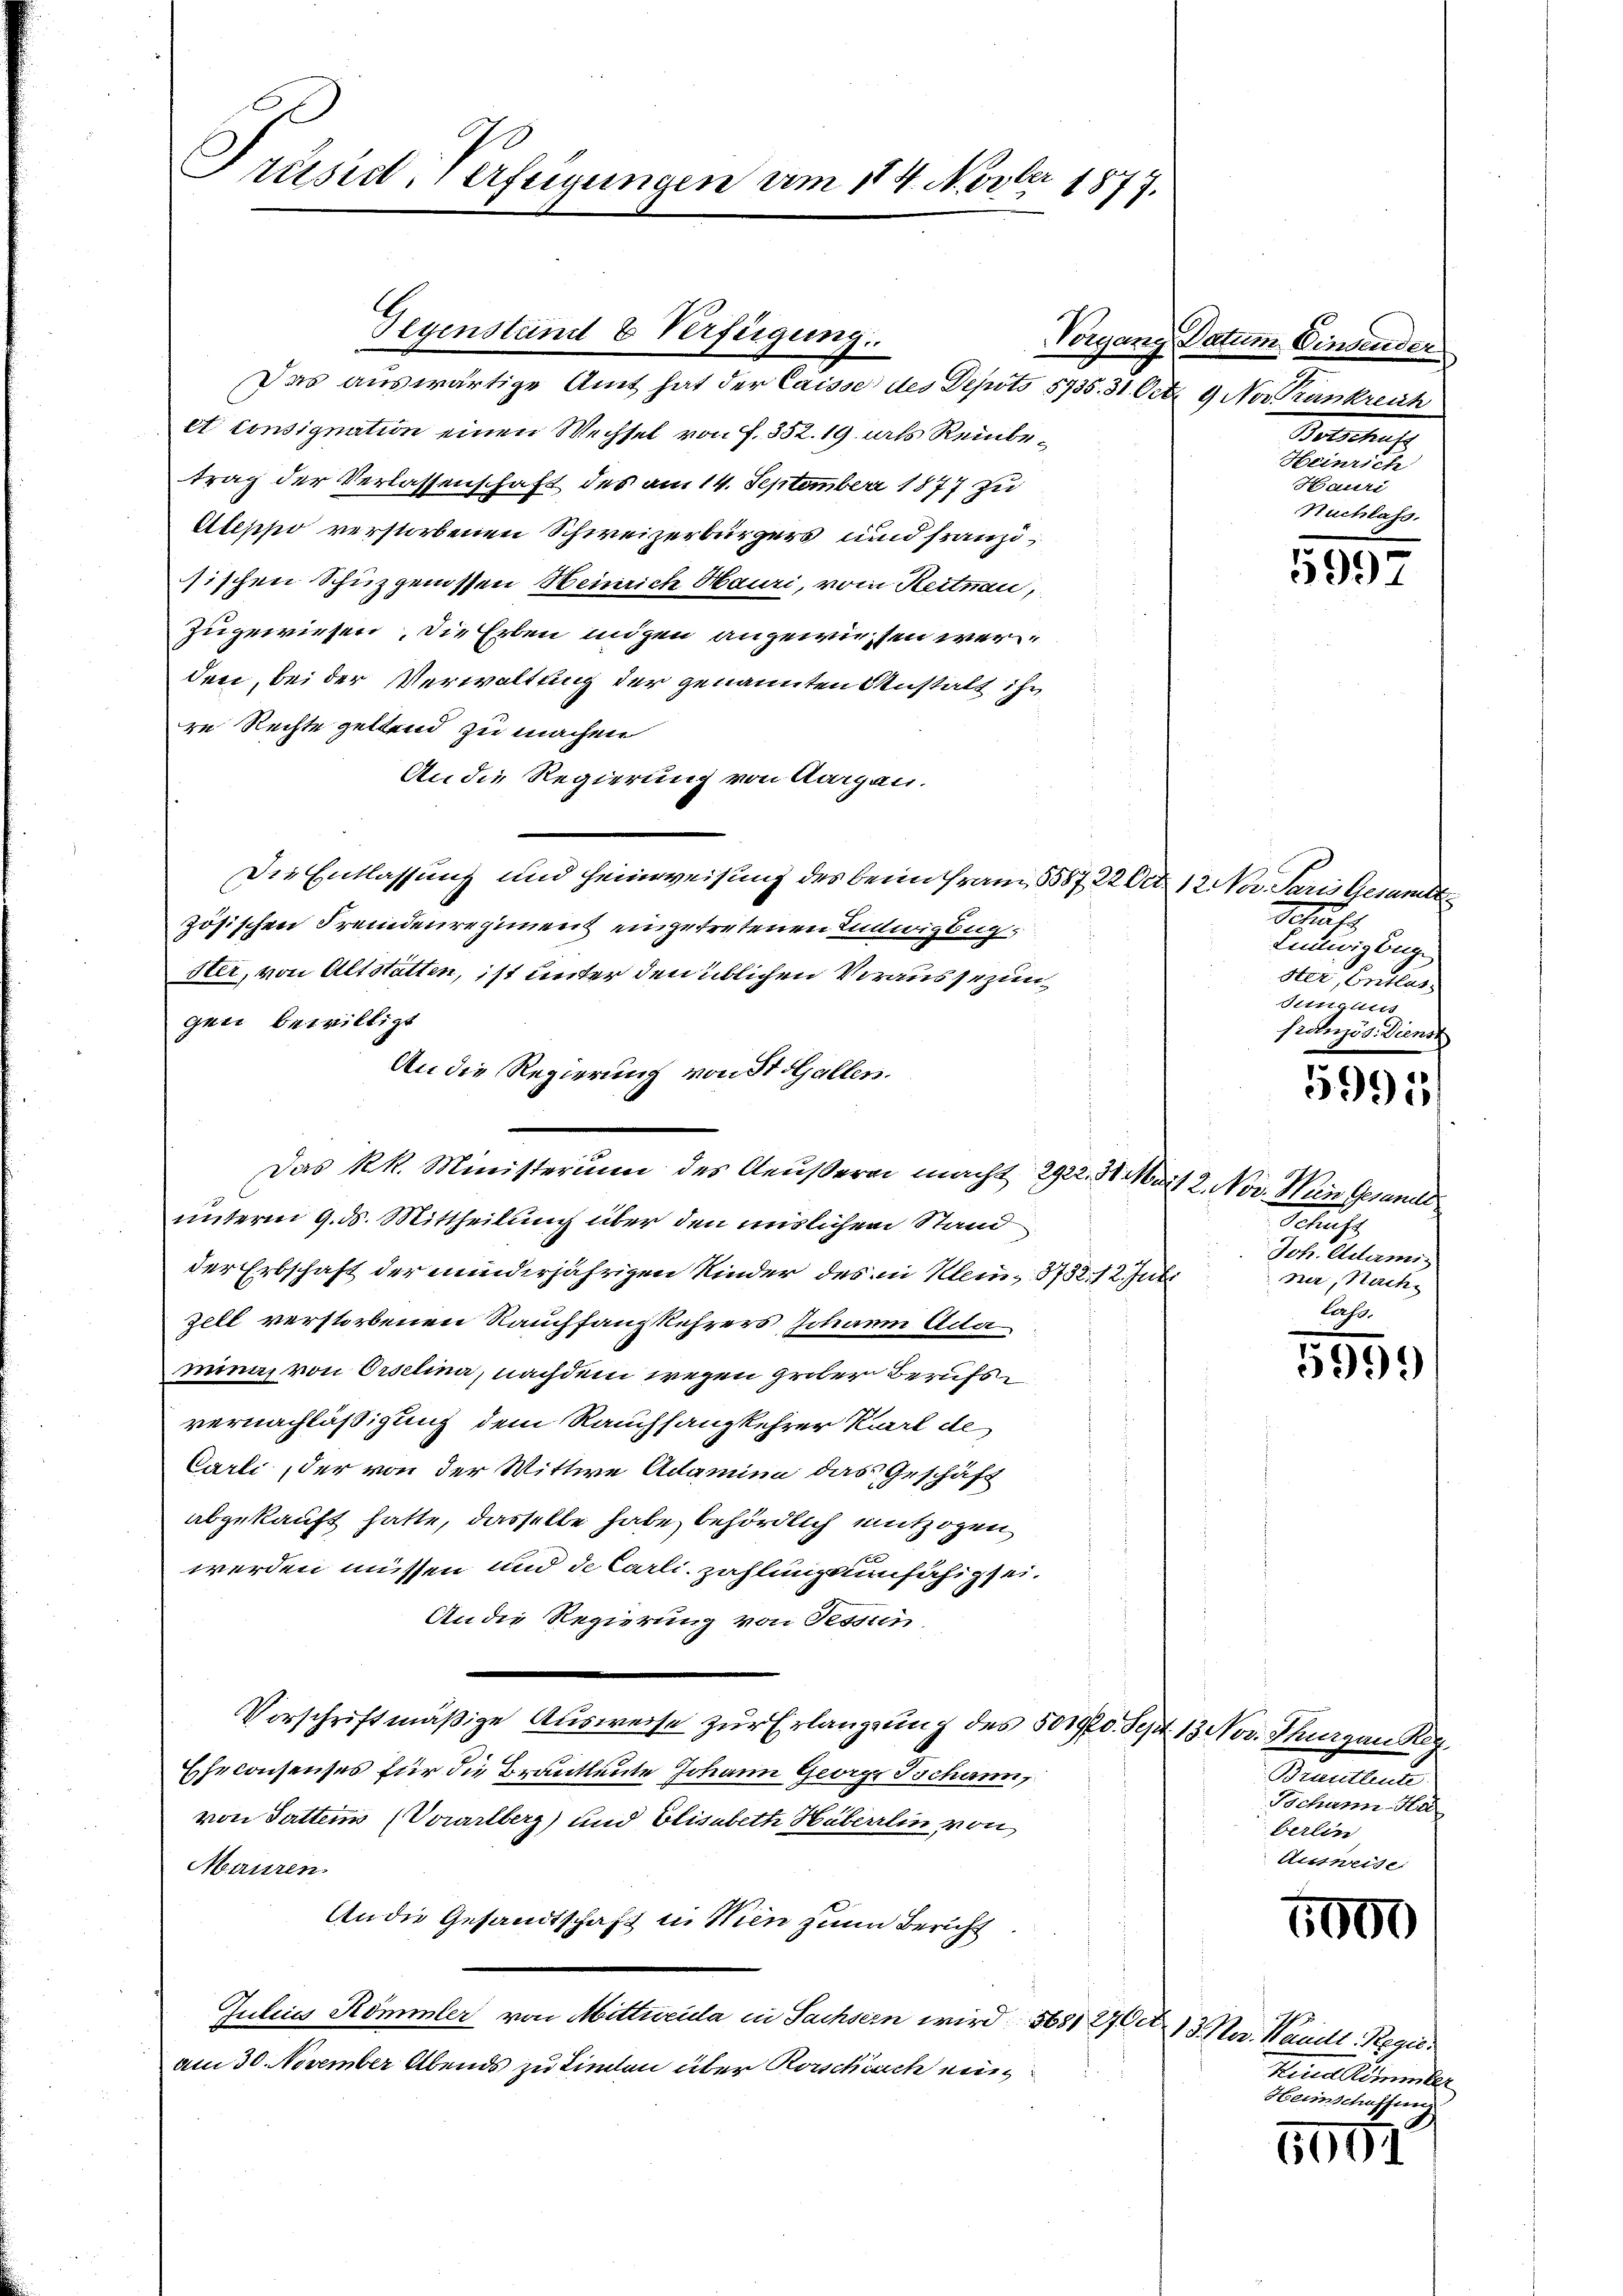
Prüsie-Verfügungen vom 114. Novber 1877.

Gegenständ & Verfügung.

Das auswärtige Amt hat der Caisse des Depots 5735. 31. Oct. 9 Nov unkreich
et consignation einen Wechsel von f. 352. 19 als Reinbetrag der Verlassenschaft des am 14. September 1877 zu
Uleppo verstorbenen Schweizerbürgers und franziischen Schuzgenossen Heinrich Hauri, vom Reitnau,
zugewiesen, die Erben ungen angewiesen werden, bei der Verwaltung der genannten Anstalt ihr
re Rechte geltend zu machen
An die Regierung von Aargau.
Die Entlassung und Heimweisung des beim Frau, 5587. 22 Oct. 12 Nov. Paris Gesamte
zösischen Fremdenregimens eingetretenen Innwigbug¬
Her, von Altstatten, ist unter den üblichen Voraussezungen bewilligt
An die Regierung von St. Galler.
Das k.k. Ministerium des Aeußern macht 2922. 31. Mart 2. Nov. Wien Gesandt
unterm 9. ds. Mittheilung über den mislichen Stand
der Erbschaft der minderjährigen Kinder des in Klein, 3732. 12. Juli
zell verstorbenen Rauchfangkehrers Johann Acte
mina, von Orselina, nachdem wegen grober Berufsvernachläßigung dem Rauchsangkehrer Karl de
Carli, der von der Wittwe Adamina das Geschäft
abgekauft hatte, dasselbe habe, behördlich entzogen,
werden müssen und de Carli zahlungsunfähig sei.
An die Regierung von Tessin,
Vorschriftmäßige Ausweise zur Erlangung des 501970. Sept. 13 Nov. Thurgau Reg.
Eheconsenses für die Brautleute Johann George Schann,
von Suttern (Vorarlberg) und Elisabeth Häberlin von
Mauren
An die Gesandtschaft in Wien zum Bericht
Julius Kommler von Mittweida in Sachsern wird 5681 27 Oct. 13 Mar. Waadt Regieam 30. November Abends zu Linden über Rorschisch ein¬

Vorgang Datum Einander
Boactus
Heinrich
Hauri
Nuchlass.

Schaft
Liutwigunge
ster, Entlas
Stindus
frolnzös. Dienst

5997

5991

Schuhs
Jch. Adami
ner, Nach
last.

5999

Brautleute
Jochann Ha
berlin
Ausweise

7000

Hered Simmler
Heimschaffen

5001